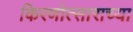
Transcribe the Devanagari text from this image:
किरणोत्साराच्या